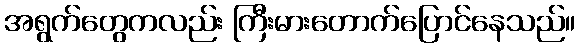
အရွက်တွေကလည်း ကြီးမားတောက်ပြောင်နေသည်။